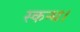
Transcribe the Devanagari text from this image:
स्कन्ध।